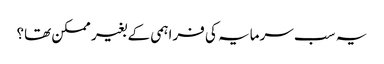
یہ سب سرمایہ کی فراہمی کے بغیر ممکن تھا؟